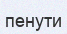
пенути